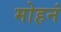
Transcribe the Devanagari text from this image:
मोहनं